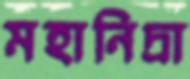
মহানিদ্রা